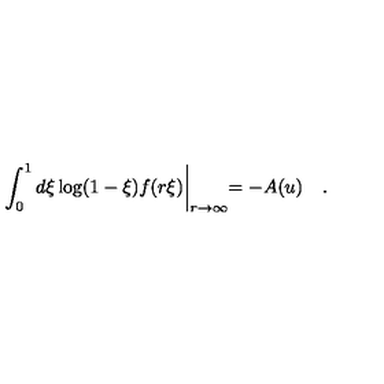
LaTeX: \int _ { 0 } ^ { 1 } d \xi \log ( 1 - \xi ) f ( r \xi ) \biggl | _ { r \to \infty } = - A ( u ) \quad .